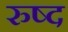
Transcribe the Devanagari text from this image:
रुष्द